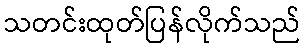
သတင်းထုတ်ပြန်လိုက်သည်